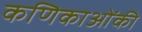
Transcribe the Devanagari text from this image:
कणिकाओंकी